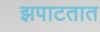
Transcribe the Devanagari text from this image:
झपाटतात